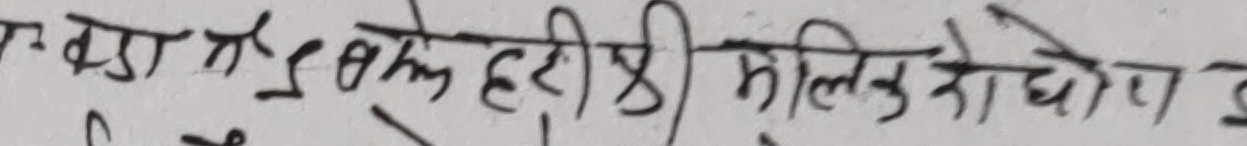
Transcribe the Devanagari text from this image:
एफ. ब्वा. ई. सके हरीओ मुलुक रोजो प देश